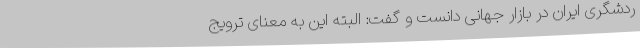
ردشگری ایران در بازار جهانی دانست و گفت: البته این به معنای ترویج